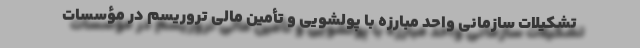
تشکیلات سازمانی واحد مبارزه با پولشویی و تأمین مالی تروریسم در مؤسسات